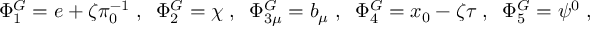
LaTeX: \Phi _ { 1 } ^ { G } = e + \zeta \pi _ { 0 } ^ { - 1 } \; , \; \; \Phi _ { 2 } ^ { G } = \chi \; , \; \; \Phi _ { 3 \mu } ^ { G } = b _ { \mu } \; , \; \; \Phi _ { 4 } ^ { G } = x _ { 0 } - \zeta \tau \; , \; \; \Phi _ { 5 } ^ { G } = \psi ^ { 0 } \; , \; \;